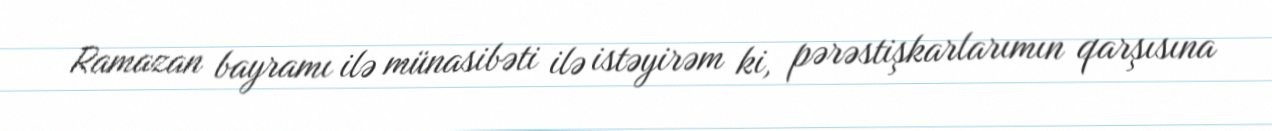
Ramazan bayramı ilə münasibəti ilə istəyirəm ki, pərəstişkarlarımın qarşısına